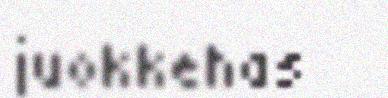
juokkehas